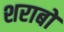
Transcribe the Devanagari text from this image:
शराबो